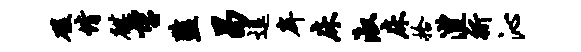
磋情麒望监曷逗戽床淑床拾澧祈沁